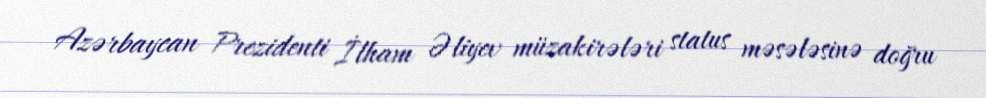
Azərbaycan Prezidenti İlham Əliyev müzakirələri status məsələsinə doğru